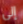
إلى